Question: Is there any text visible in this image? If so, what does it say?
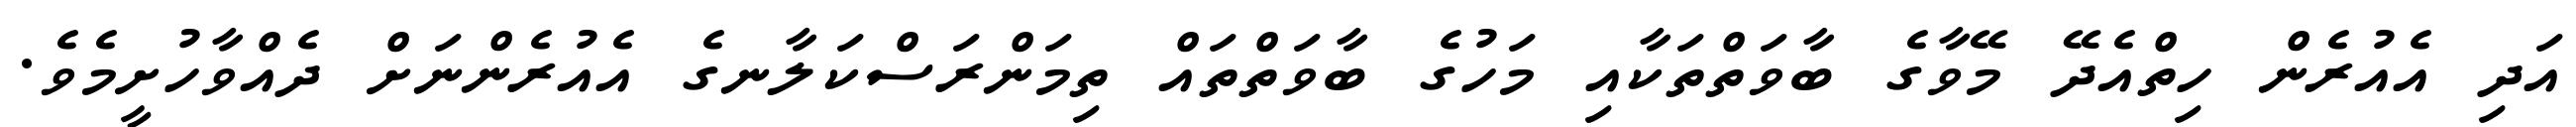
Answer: އަދި އެއުރެން ހިތްއެދޭ މޭވާގެ ބާވަތްތަކާއި މަހުގެ ބާވަތްތައް ތިމަންރަސްކަލާނގެ އެއުރެންނަށް ދެއްވާހުށީމެވެ.